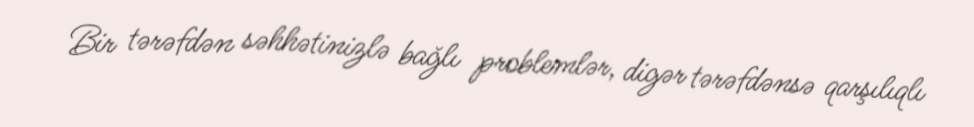
Bir tərəfdən səhhətinizlə bağlı problemlər, digər tərəfdənsə qarşılıqlı